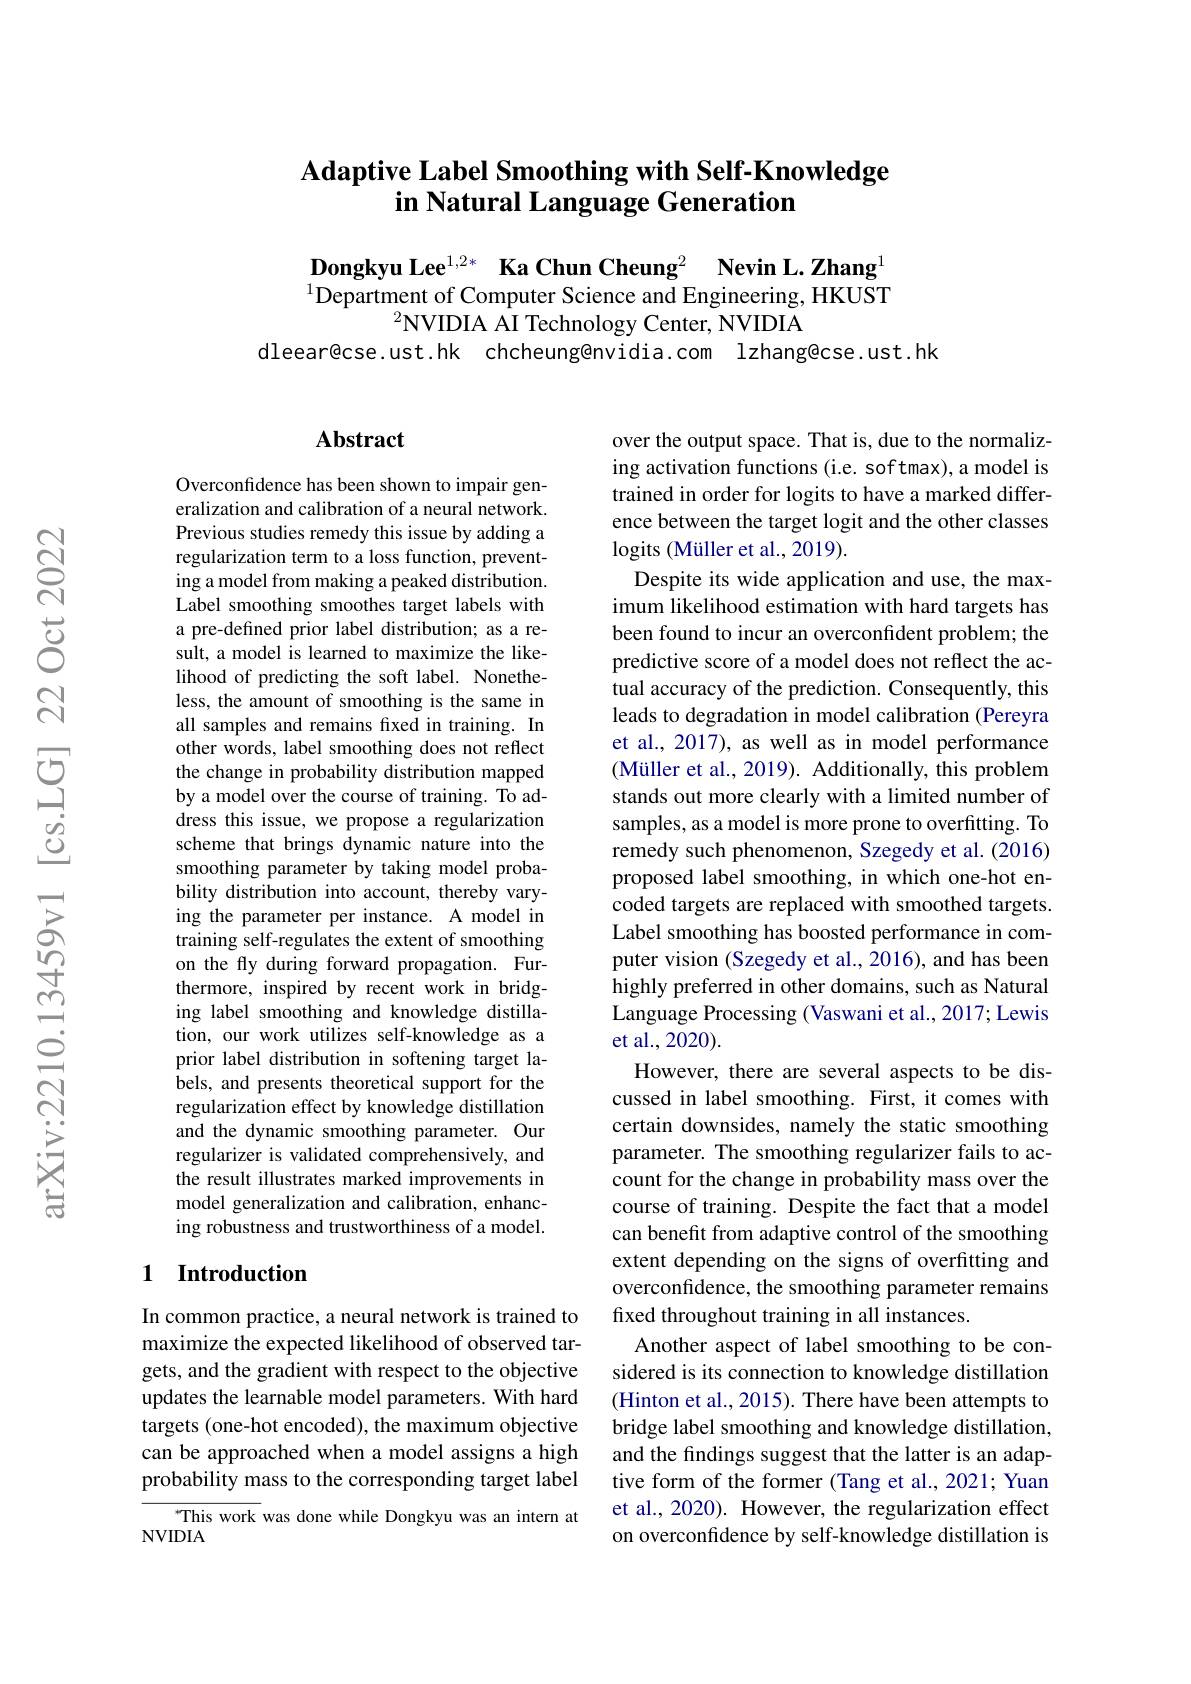
# Adaptive Label Smoothing with Self-Knowledge in Natural Language Generation

$\textbf{Dongkyu Lee}^{1,2*}$ Ka Chun Cheung$^2$ Nevin L.Zhang$^{[\text{Torstin}]}$ $^{1}$Department of Computer Science and Engineering, HKUST
$^2$NVIDIA AI Technology Center, NVIDIA
dleear@cse.ust.hk chcheung@nvidia.com lzhang@cse.ust.hk

## $\mathbf{Abstract}$

Overconfidence has been shown to impair generalization and calibration of a neural network. Previous studies remedy this issue by adding a regularization term to a loss function, preventing a model from making a peaked distribution. Label smoothing smoothes target labels with a pre-defined prior label distribution; as a result, a model is learned to maximize the likelihood of predicting the soft label. Nonetheless, the amount of smoothing is the same in all samples and remains fxed in training. In other words, label smoothing does not reflect the change in probability distribution mapped by a model over the course of training. To address this issue, we propose a regularization scheme that brings dynamic nature into the smoothing parameter by taking model probability distribution into account, thereby varying the parameter per instance. A model in training self-regulates the extent of smoothing on the fly during forward propagation. Furthermore, inspired by recent work in bridging label smoothing and knowledge distillation, our work utilizes self-knowledge as a prior label distribution in softening target la- ${\hat{\text{bels, and presents theoretical support for the}}}$ regularization effect by knowledge distillation and the dynamic smoothing parameter. Our regularizer is validated comprehensively, and the result illustrates marked improvements in model generalization and calibration, enhancing robustness and trustworthiness of a model.

## 1 Introduction

In common practice, a neural network is trained to maximize the expected likelihood of observed targets, and the gradient with respect to the objective updates the learnable model parameters. With hard targets (one-hot encoded), the maximum objective can be approached when a model assigns a high probability mass to the corresponding target label

This work was done while Dongkyu was an intern at
NVIDIA

over the output space. That is, due to the normalizing activation functions (i.e. softmax), a model is trained in order for logits to have a marked difference between the target logit and the other classes logits (Müller et al., 2019).
Despite its wide application and use, the maximum likelihood estimation with hard targets has been found to incur an overconfident problem; the predictive score of a model does not reflect the actual accuracy of the prediction. Consequently, this leads to degradation in model calibration (Pereyra et al., 2017), as well as in model performance (Müller et al., 2019). Additionally, this problem stands out more clearly with a limited number of samples, as a model is more prone to overfitting. To remedy such phenomenon, Szegedy et al. (2016) proposed label smoothing, in which one-hot encoded targets are replaced with smoothed targets. Label smoothing has boosted performance in computer vision (Szegedy et al., 2016), and has been highly preferred in other domains, such as Natural Language Processing (Vaswani et al., 2017; Lewis et al., 2020).
However, there are several aspects to be discussed in label smoothing. First, it comes with certain downsides, namely the static smoothing parameter. The smoothing regularizer fails to account for the change in probability mass over the course of training. Despite the fact that a model can benefit from adaptive control of the smoothing extent depending on the signs of overfitting and overconfidence, the smoothing parameter remains fixed throughout training in all instances.
Another aspect of label smoothing to be considered is its connection to knowledge distillation (Hinton et al., 2015). There have been attempts to bridge label smoothing and knowledge distillation, and the findings suggest that the latter is an adaptive form of the former (Tang et al., 2021; Yuan et al., 2020). However, the regularization effect on overconfidence by self-knowledge distillation is